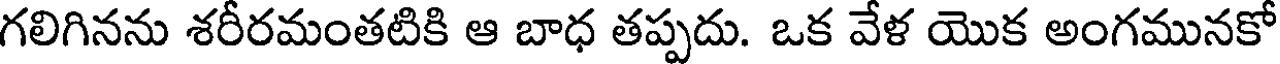
గలిగినను శరీరమంతటికి ఆ బాధ తప్పదు. ఒక వేళ యొక అంగమునకో